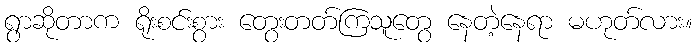
ရွာဆိုတာက ရိုးစင်းစွား တွေးတတ်ကြသူတွေ နေတဲ့နေရာ မဟုတ်လား။